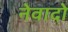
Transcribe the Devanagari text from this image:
नेवादो